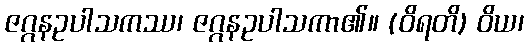
ဇဂ္ဂနဥပါသကဿ၊ ဇဂ္ဂနဥပါသကာ၏။ (ဝိရတိ) ဝိယ၊